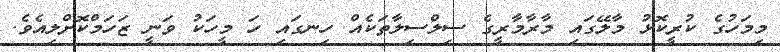
މިމަހުގެ ކުރީކޮޅު މާލޭގައި މާރާމާރީގެ ސިލްސިލާތަކެއް ހިނގައި ހަ މީހަކު ވަނީ ޒަހަމްކޮށްލިއެވެ.